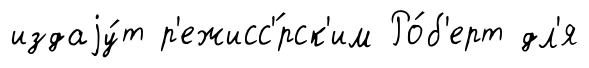
издаjу́т р'ежисс'́рск'им Ро́б'ерт дл'я